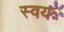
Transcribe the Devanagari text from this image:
स्वयः